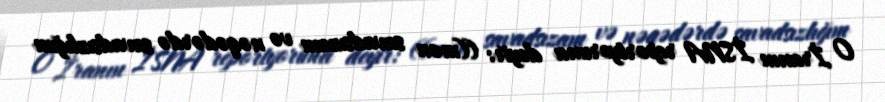
O İranın İSNA reportyoruna deyir: ((mən savadsızam və nəqədərdə savadsızlığım